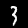
Label: 3